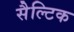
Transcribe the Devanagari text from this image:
सैल्टिक